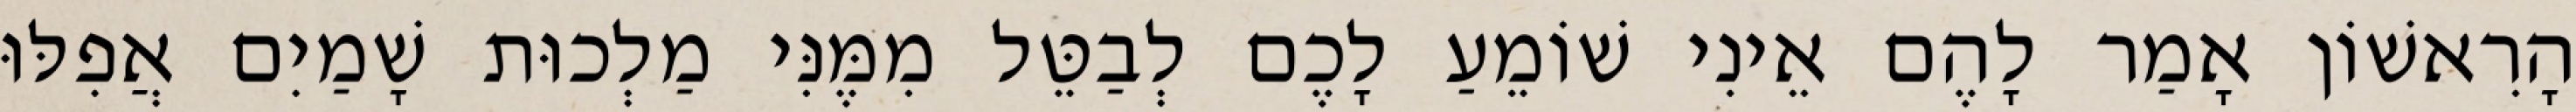
הָרִאשׁוֹן אָמַר לָהֶם אֵינִי שׁוֹמֵעַ לָכֶם לְבַטֵּל מִמֶּנִּי מַלְכוּת שָׁמַיִם אֲפִלּוּ